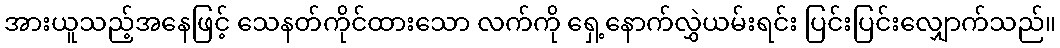
အားယူသည့်အနေဖြင့် သေနတ်ကိုင်ထားသော လက်ကို ရှေ့နောက်လွှဲယမ်းရင်း ပြင်းပြင်းလျှောက်သည်။